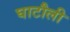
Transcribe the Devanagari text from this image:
घाटौली